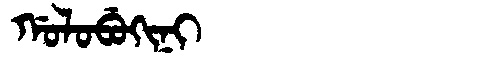
Manchu: ᡤᠣᠯᠣᠪᡠᡴᡳᠨᡳ
Romanization: GOLOBUKINI